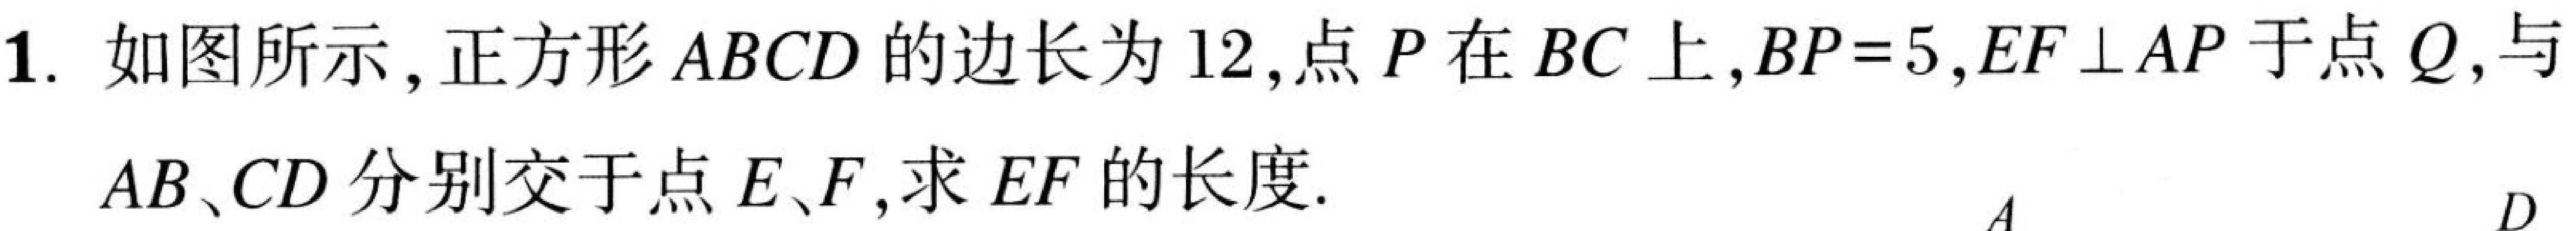
1. 如图所示, 正方形 \(ABCD\) 的边长为 \(12\), 点 \(P\) 在 \(BC\) 上, \(BP = 5\), \(EF\perp AP\) 于点 \(Q\), 与 \(AB、CD\) 分别交于点 \(E、F\), 求 \(EF\) 的长度.